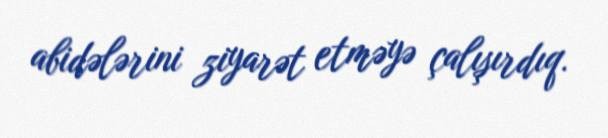
abidələrini ziyarət etməyə çalışırdıq.